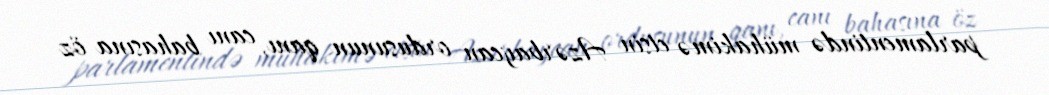
parlamentində mühakimə etsin Azərbaycan ordusunun qanı, canı bahasına öz